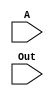
`timescale 1ns / 1ps

module shifter(
	input [31:0] A,
	input [31:0] Out
	);
    
	assign Out = {A[29:0], 2'b00};
    
endmodule